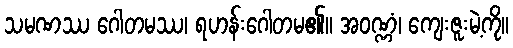
သမဏဿ ဂေါတမဿ၊ ရဟန်းဂေါတမ၏။ အဝဏ္ဏံ၊ ကျေးဇူးမဲ့ကို။